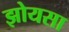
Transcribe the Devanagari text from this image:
झोयसा